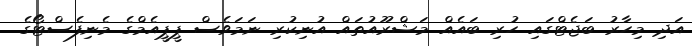
އަދި މިހާރު ބަޖެޓްގައި ހުރި ބައެއް މަޝްރޫއުތައް އުނިކުރި ނަމަވެސް ޕީޕީއެމްގެ މެނިފެސްޓޯގެ